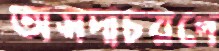
অসদাচরণে